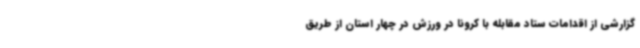
گزارشی از اقدامات ستاد مقابله با کرونا در ورزش در چهار استان از طریق